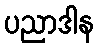
ပညာဒါန